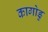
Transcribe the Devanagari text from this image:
कागोडु